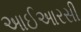
આઈઆરસી